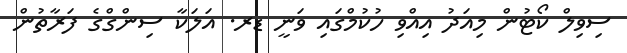
ސިވިލް ކޯޓުން މިއަދު އިއްވި ހުކުމްގައި ވަނީ ޑރ. އަލަކާ ސިންގްގެ ފަރާތުން